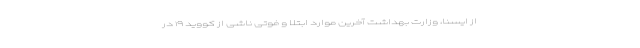
از ایسنا، وزارت بهداشت آخرین موارد ابتلا و فوتی ناشی از کووید ۱۹ در